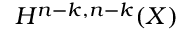
H ^ { n - k , n - k } ( X )